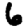
Digit: 6